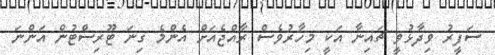
ސަފީރު ވިދާޅުވީ ޗައިނާ އަކީ މިހާރުވެސް ރާއްޖެއަށް އެންމެ ގިނަ ޓޫރިސްޓުން އަންނަ